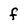
Character: f